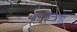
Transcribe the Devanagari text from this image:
लुआनती